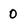
Character: 0